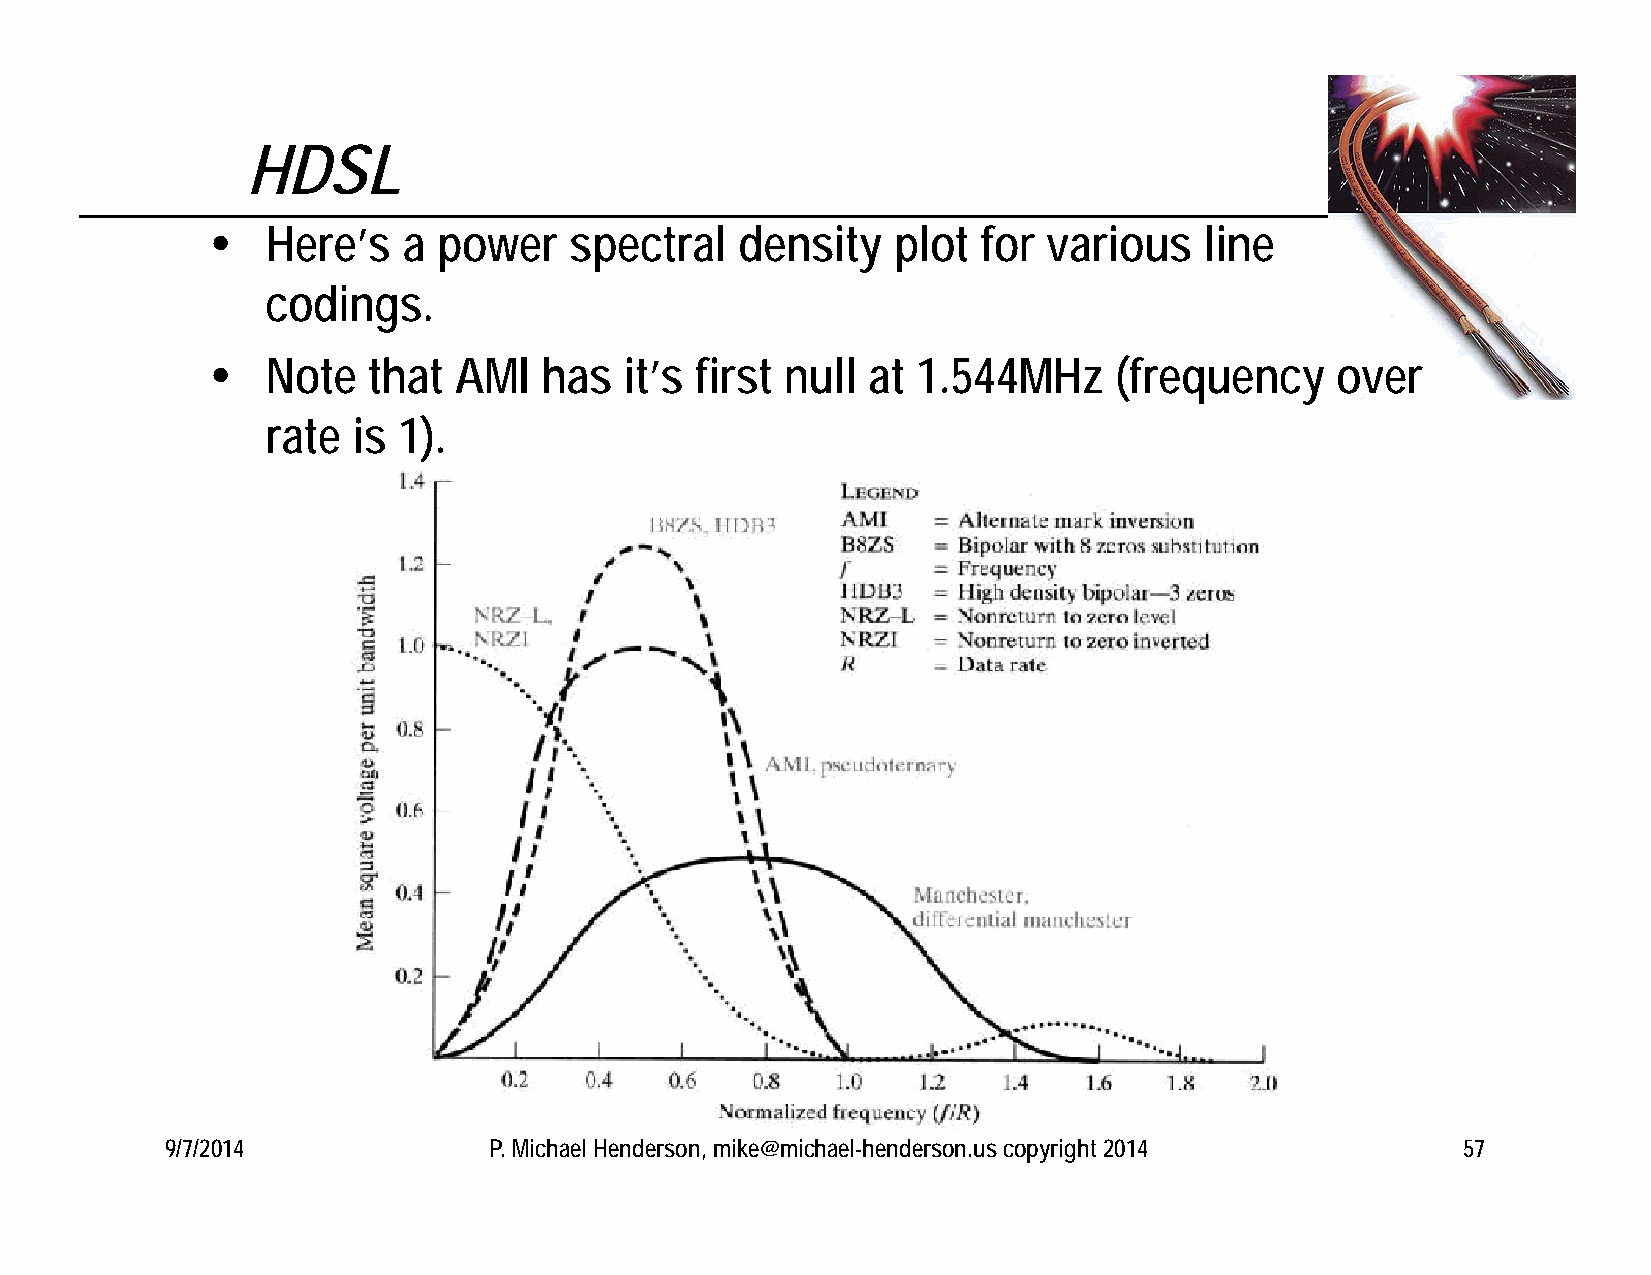
HDSL
    Here’s   a power    spectral   density   plot  for various    line
 codings.
    Note  that  AMI   has  it’s first null at  1.544MHz     (frequency    over
 rate is 1).
 9/7/2014             P. Michael Henderson, mike@michael-henderson.us copyright 2014   57